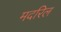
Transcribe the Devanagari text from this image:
मदरिल